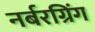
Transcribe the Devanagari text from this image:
नर्बरग्रिंग